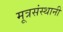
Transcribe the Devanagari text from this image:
मूत्रसंस्थानी